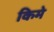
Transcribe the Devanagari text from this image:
किमे